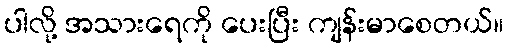
ပါလို့ အသားရေကို ပေးပြီး ကျန်းမာစေတယ်။